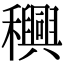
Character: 𮃴